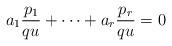
LaTeX: \begin{align*}a_1\frac{p_1}{qu}+\cdots+a_r\frac{p_r}{qu}=0\end{align*}